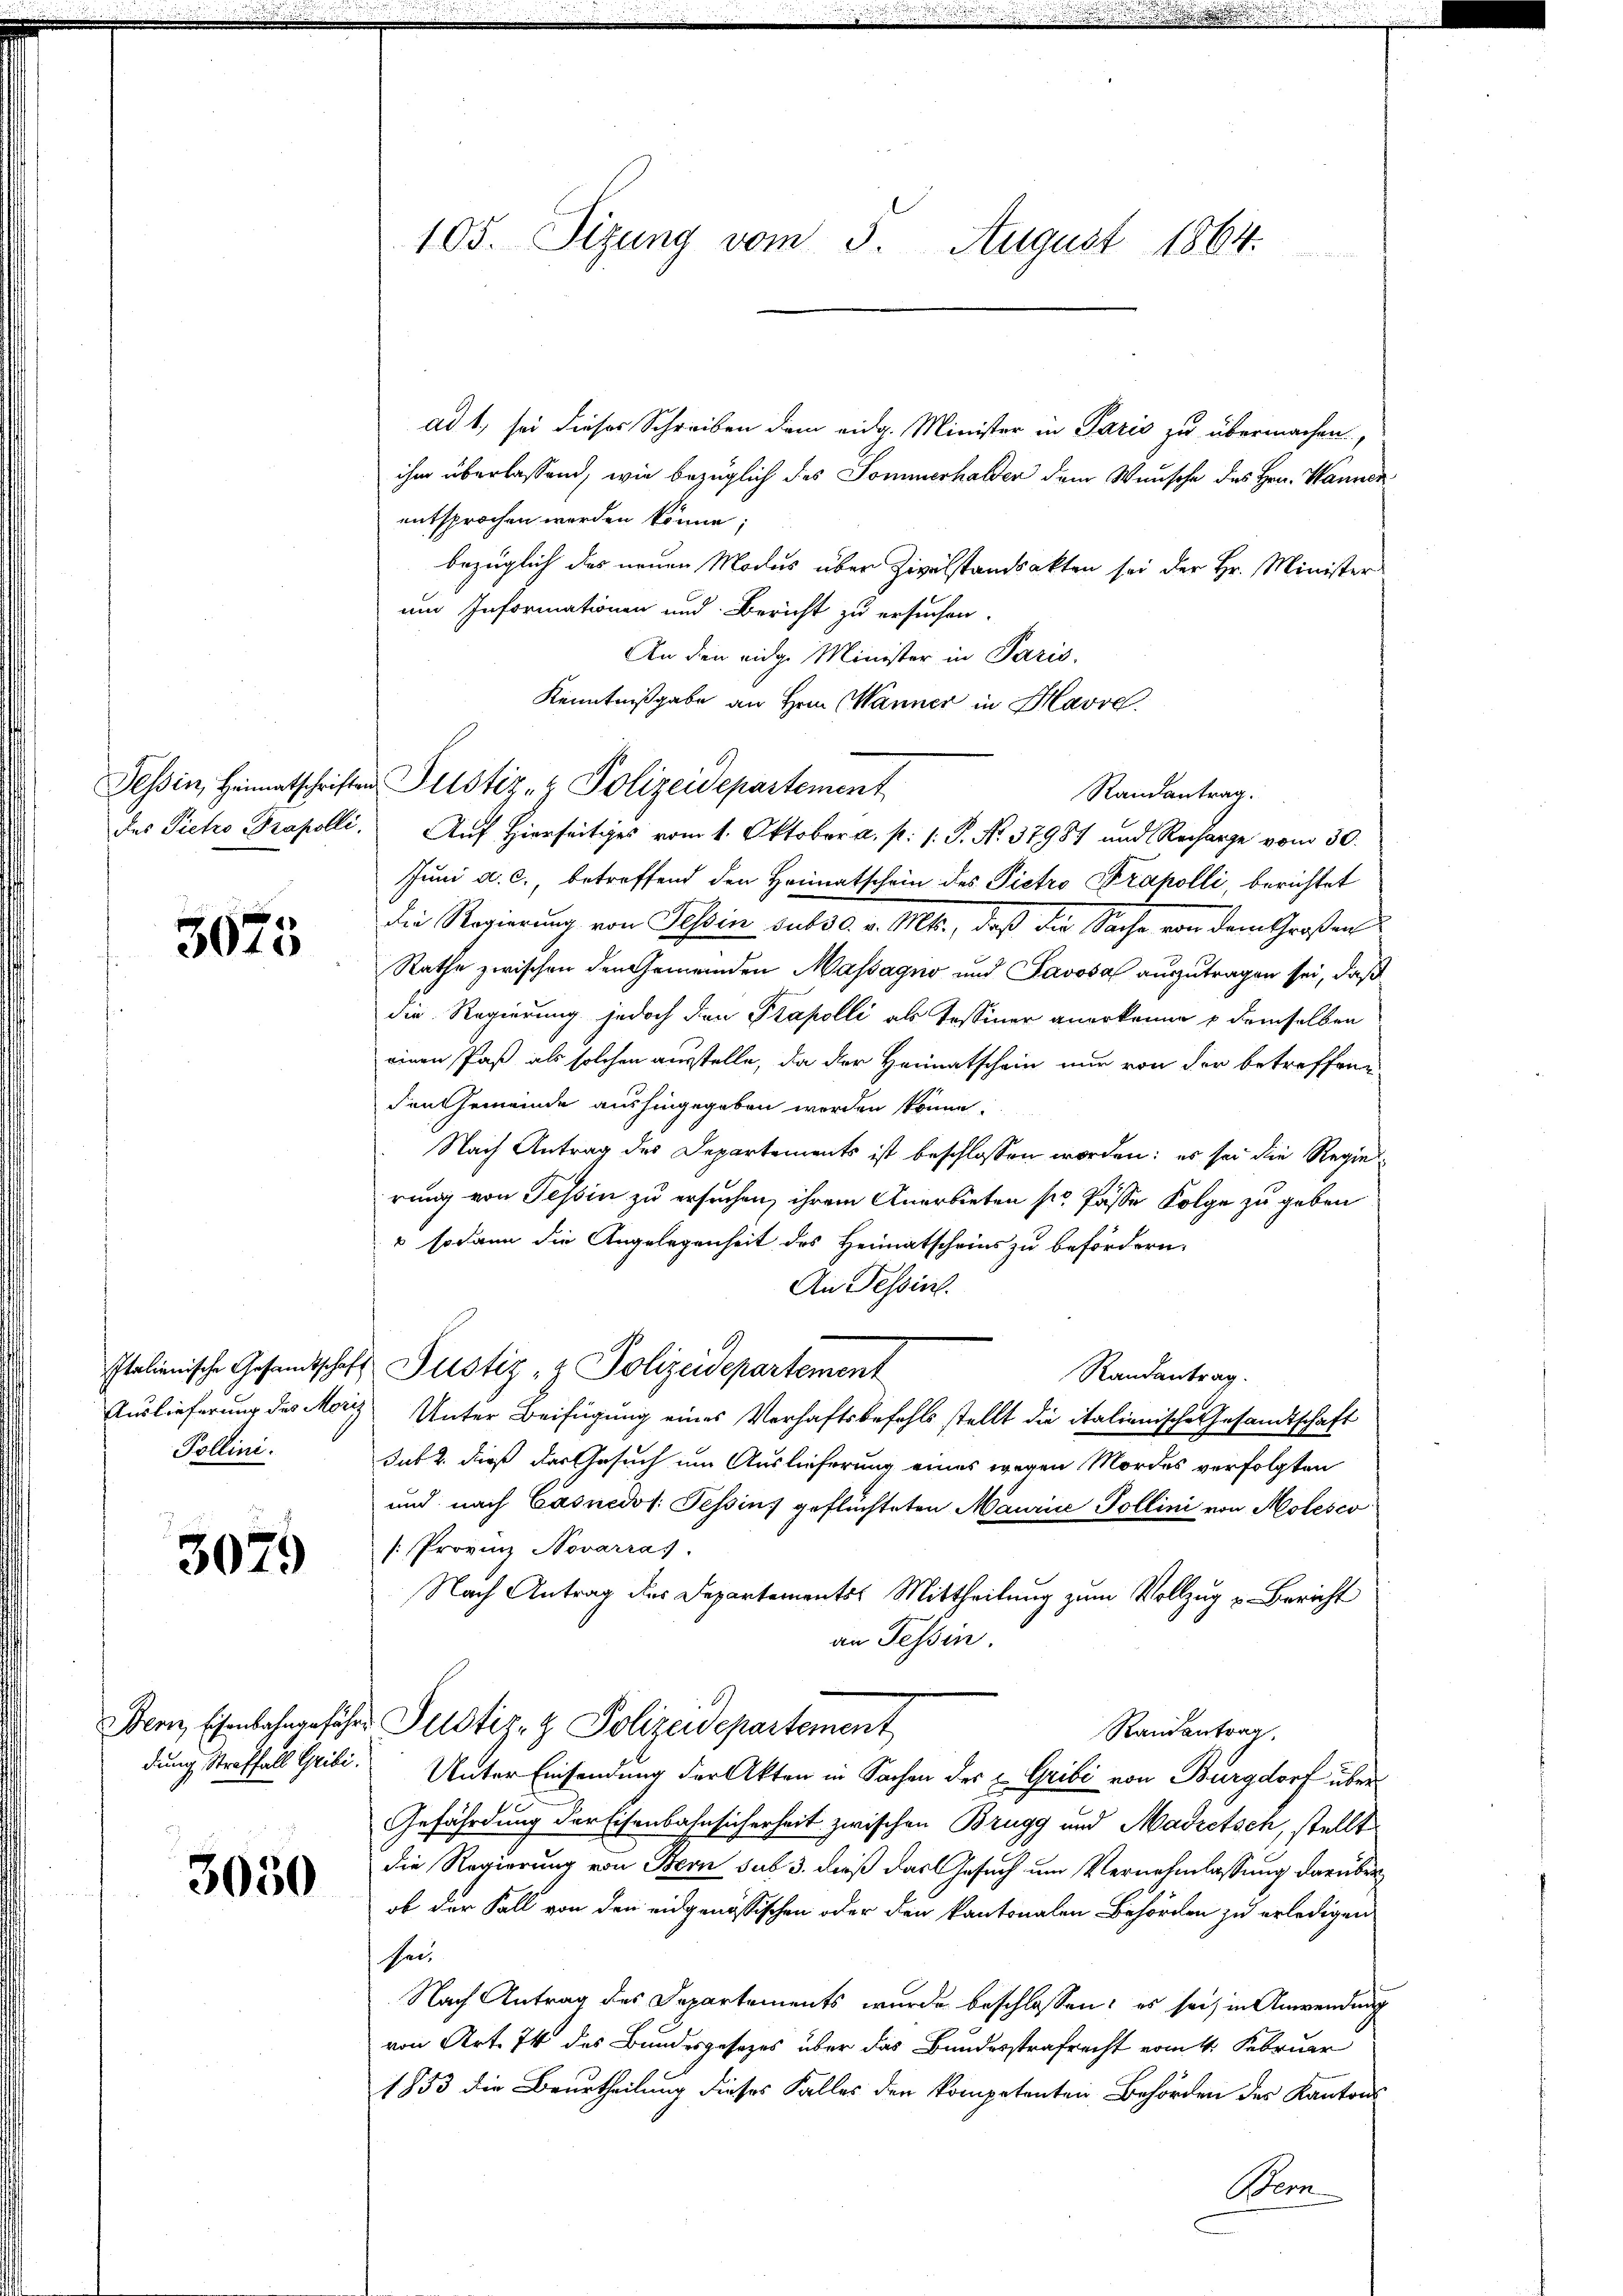
3075

Pollini.

3079

3050

105. Sizung vom 5. August 1864.

ad 1, sei dieses Schreiben dem eidg. Minister in Paris zu übermachen,
ihm überlassend, wie bezüglich des Sommerhalter dem Wunsche des Hrn. Wanner
entsprochen werden könne;
bezüglich des neuen Modus über Zivilstandsakten sei der Hr. Minister
um Informationen und Bericht zu ersuchen.
An den eidge Minister in Paris.
Kenntnißgabe an Hrn. Wanner in Havre.
des Pietro Propolli. Auf Hierseitiges vom 1. Oktober a. p. /: P. No. 37987 und Recharge vom 30.
Juni a. c., betreffend den Heimatschein des Pietro Trapolli, berichtet
die Regierung von Tessin subsd. v. Mts., daß die Sache von dem Großen
Rathe zwischen den Gemeinden Massagno und Pavosa auszutragen sei, daß
die Regierung jedoch den Stapolli als Tessiner anerkenne & demselben
einen Paß als solchen ausstelle, da der Heimatschein nur von der betreffene
den Gemeinde aushingegeben werden könne.
Nach Antrag des Departements ist beschlossen worden: es sei die Regie-
rung von Tessin zu ersuchen, ihrem Anerbieten so Pässe Folge zu geben
 sodann die Angelegenheit des Heimatscheins zu befördern.
An Tessin.
Italienische Gesandtschaft Justiz & Polizeidepartement
Randantrag.
Auslieferung des Moriz Unter Beifügung eines Verhaftsbefehls stellt die italienische Gesandtschaft
sub 2. dieß der Gesuch um Auslieferung eines wegen Mordes verfolgten
und nach Casnedos. Tessins geflüchteten Maurice Pollini von Molesco
[: Provinz Novarras.
Nach Antrag des Departements Mittheilung zum Vollzug u. Bericht
an Tessin.
Denn schenbahngeführe Pilotiz- & Polizeidepartement
Randantrag
dung Straffall Gribi. Unter Einsendung der Akten in Sachen des u Gribi von Burgdorf über¬
Gefährdung der Eisenbahnsicherheit zwischen Brugg und Madretsch, stellt
die Regierung von Bern sub 3. dieß das Gesuch um Vernehmlassung darüber
ob der Fall von den eidgenössischen oder den kantonalen Behörden zu erledigen
sei¬
Nach Antrag des Departements wurde beschlossen: es sei, in Anwendung
von Art. 74 des Bundesgesetzes über das Bundesstrafrecht vom 4. Februar
1853 die Beurtheilung dieses Falles den kompetenten Behörden des Kantons
Bern

Tessin, Heimatschriften Justiz- & Polizeidepartement

Randantrag.